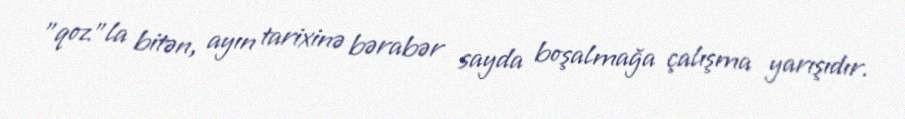
"qoz"la bitən, ayın tarixinə bərabər sayda boşalmağa çalışma yarışıdır.